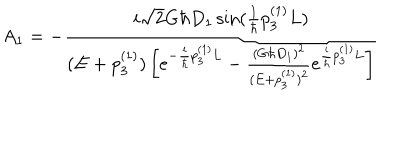
LaTeX: A _ { 1 } = - \frac { i \sqrt { 2 } G \hbar D _ { 1 } \sin ( \frac { 1 } { \hbar } p _ { 3 } ^ { ( 1 ) } L ) } { ( E + p _ { 3 } ^ { ( 1 ) } ) \left[ e ^ { - \frac { i } { \hbar } p _ { 3 } ^ { ( 1 ) } L } - \frac { ( G \hbar D _ { 1 } ) ^ { 2 } } { ( E + p _ { 3 } ^ { ( 1 ) } ) ^ { 2 } } e ^ { \frac { i } { \hbar } p _ { 3 } ^ { ( 1 ) } L } \right] }